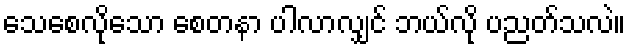
သေစေလိုသော စေတနာ ပါလာလျှင် ဘယ်လို ပညတ်သလဲ။